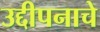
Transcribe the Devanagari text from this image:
उद्दीपनाचे